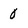
Character: 0